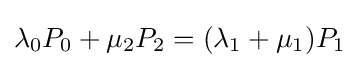
\lambda _{0}P_{0}+\mu _{2}P_{2}=(\lambda _{1}+\mu _{1})P_{1}